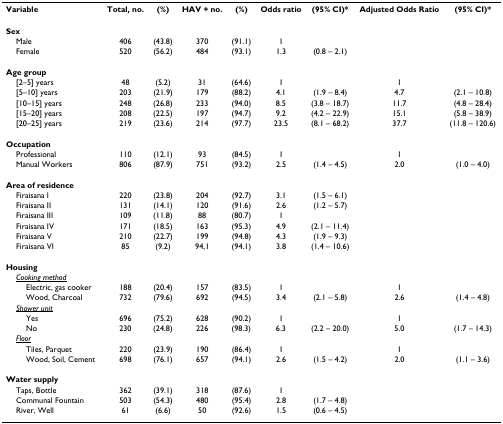
<table><thead><tr><td><b>Variable</b></td><td><b>Total, no.</b></td><td><b>(%)</b></td><td><b>HAV + no.</b></td><td><b>(%)</b></td><td><b>Odds ratio</b></td><td><b>(95% CI)*</b></td><td><b>Adjusted Odds Ratio</b></td><td><b>(95% CI)*</b></td></tr></thead><tbody><tr><td><b>Sex</b></td><td></td><td></td><td></td><td></td><td></td><td></td><td></td><td></td></tr><tr><td> Male</td><td>406</td><td>(43.8)</td><td>370</td><td>(91.1)</td><td>1</td><td></td><td></td><td></td></tr><tr><td> Female</td><td>520</td><td>(56.2)</td><td>484</td><td>(93.1)</td><td>1.3</td><td>(0.8 – 2.1)</td><td></td><td></td></tr><tr><td><b>Age group</b></td><td></td><td></td><td></td><td></td><td></td><td></td><td></td><td></td></tr><tr><td> [2–5] years</td><td>48</td><td>(5.2)</td><td>31</td><td>(64.6)</td><td>1</td><td></td><td>1</td><td></td></tr><tr><td> [5–10] years</td><td>203</td><td>(21.9)</td><td>179</td><td>(88.2)</td><td>4.1</td><td>(1.9 – 8.4)</td><td>4.7</td><td>(2.1 – 10.8)</td></tr><tr><td> [10–15] years</td><td>248</td><td>(26.8)</td><td>233</td><td>(94.0)</td><td>8.5</td><td>(3.8 – 18.7)</td><td>11.7</td><td>(4.8 – 28.4)</td></tr><tr><td> [15–20] years</td><td>208</td><td>(22.5)</td><td>197</td><td>(94.7)</td><td>9.2</td><td>(4.2 – 22.9)</td><td>15.1</td><td>(5.8 – 38.9)</td></tr><tr><td> [20–25] years</td><td>219</td><td>(23.6)</td><td>214</td><td>(97.7)</td><td>23.5</td><td>(8.1 – 68.2)</td><td>37.7</td><td>(11.8 – 120.6)</td></tr><tr><td><b>Occupation</b></td><td></td><td></td><td></td><td></td><td></td><td></td><td></td><td></td></tr><tr><td> Professional</td><td>110</td><td>(12.1)</td><td>93</td><td>(84.5)</td><td>1</td><td></td><td>1</td><td></td></tr><tr><td> Manual Workers</td><td>806</td><td>(87.9)</td><td>751</td><td>(93.2)</td><td>2.5</td><td>(1.4 – 4.5)</td><td>2.0</td><td>(1.0 – 4.0)</td></tr><tr><td><b>Area of residence</b></td><td></td><td></td><td></td><td></td><td></td><td></td><td></td><td></td></tr><tr><td> Firaisana I</td><td>220</td><td>(23.8)</td><td>204</td><td>(92.7)</td><td>3.1</td><td>(1.5 – 6.1)</td><td></td><td></td></tr><tr><td> Firaisana II</td><td>131</td><td>(14.1)</td><td>120</td><td>(91.6)</td><td>2.6</td><td>(1.2 – 5.7)</td><td></td><td></td></tr><tr><td> Firaisana III</td><td>109</td><td>(11.8)</td><td>88</td><td>(80.7)</td><td>1</td><td></td><td></td><td></td></tr><tr><td> Firaisana IV</td><td>171</td><td>(18.5)</td><td>163</td><td>(95.3)</td><td>4.9</td><td>(2.1 – 11.4)</td><td></td><td></td></tr><tr><td> Firaisana V</td><td>210</td><td>(22.7)</td><td>199</td><td>(94.8)</td><td>4.3</td><td>(1.9 – 9.3)</td><td></td><td></td></tr><tr><td> Firaisana VI</td><td>85</td><td>(9.2)</td><td>94,1</td><td>(94.1)</td><td>3.8</td><td>(1.4 – 10.6)</td><td></td><td></td></tr><tr><td><b>Housing</b></td><td></td><td></td><td></td><td></td><td></td><td></td><td></td><td></td></tr><tr><td> <underline><i>Cooking method</i></underline></td><td></td><td></td><td></td><td></td><td></td><td></td><td></td><td></td></tr><tr><td>Electric, gas cooker</td><td>188</td><td>(20.4)</td><td>157</td><td>(83.5)</td><td>1</td><td></td><td>1</td><td></td></tr><tr><td>Wood, Charcoal</td><td>732</td><td>(79.6)</td><td>692</td><td>(94.5)</td><td>3.4</td><td>(2.1 – 5.8)</td><td>2.6</td><td>(1.4 – 4.8)</td></tr><tr><td> <underline><i>Shower unit</i></underline></td><td></td><td></td><td></td><td></td><td></td><td></td><td></td><td></td></tr><tr><td>Yes</td><td>696</td><td>(75.2)</td><td>628</td><td>(90.2)</td><td>1</td><td></td><td>1</td><td></td></tr><tr><td>No</td><td>230</td><td>(24.8)</td><td>226</td><td>(98.3)</td><td>6.3</td><td>(2.2 – 20.0)</td><td>5.0</td><td>(1.7 – 14.3)</td></tr><tr><td> <underline><i>Floor</i></underline></td><td></td><td></td><td></td><td></td><td></td><td></td><td></td><td></td></tr><tr><td>Tiles, Parquet</td><td>220</td><td>(23.9)</td><td>190</td><td>(86.4)</td><td>1</td><td></td><td>1</td><td></td></tr><tr><td>Wood, Soil, Cement</td><td>698</td><td>(76.1)</td><td>657</td><td>(94.1)</td><td>2.6</td><td>(1.5 – 4.2)</td><td>2.0</td><td>(1.1 – 3.6)</td></tr><tr><td><b>Water supply</b></td><td></td><td></td><td></td><td></td><td></td><td></td><td></td><td></td></tr><tr><td> Taps, Bottle</td><td>362</td><td>(39.1)</td><td>318</td><td>(87.6)</td><td>1</td><td></td><td></td><td></td></tr><tr><td> Communal Fountain</td><td>503</td><td>(54.3)</td><td>480</td><td>(95.4)</td><td>2.8</td><td>(1.7 – 4.8)</td><td></td><td></td></tr><tr><td> River, Well</td><td>61</td><td>(6.6)</td><td>50</td><td>(92.6)</td><td>1.5</td><td>(0.6 – 4.5)</td><td></td><td></td></tr></tbody></table>